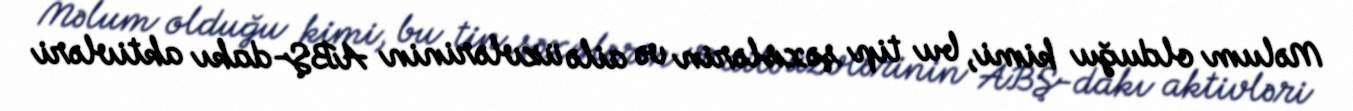
Məlum olduğu kimi, bu tip şəxslərin və ailə üzvlərinin ABŞ-dakı aktivləri